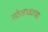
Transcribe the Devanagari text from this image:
गोसाव्याचा